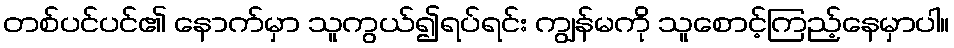
တစ်ပင်ပင်၏ နောက်မှာ သူကွယ်၍ရပ်ရင်း ကျွန်မကို သူစောင့်ကြည့်နေမှာပါ။